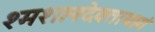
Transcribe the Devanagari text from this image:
श्मशानदेवतायागं